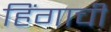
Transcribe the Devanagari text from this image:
हिंगाची